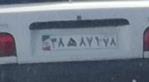
۳۸ه۸۷۹۷۸